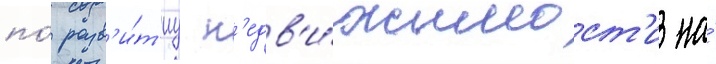
по́ разв'и́т'иу н'едв'и́жимост'и на́